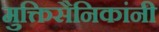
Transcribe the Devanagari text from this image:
मुक्तिसैनिकांनी